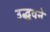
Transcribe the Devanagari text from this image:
उद्धवने